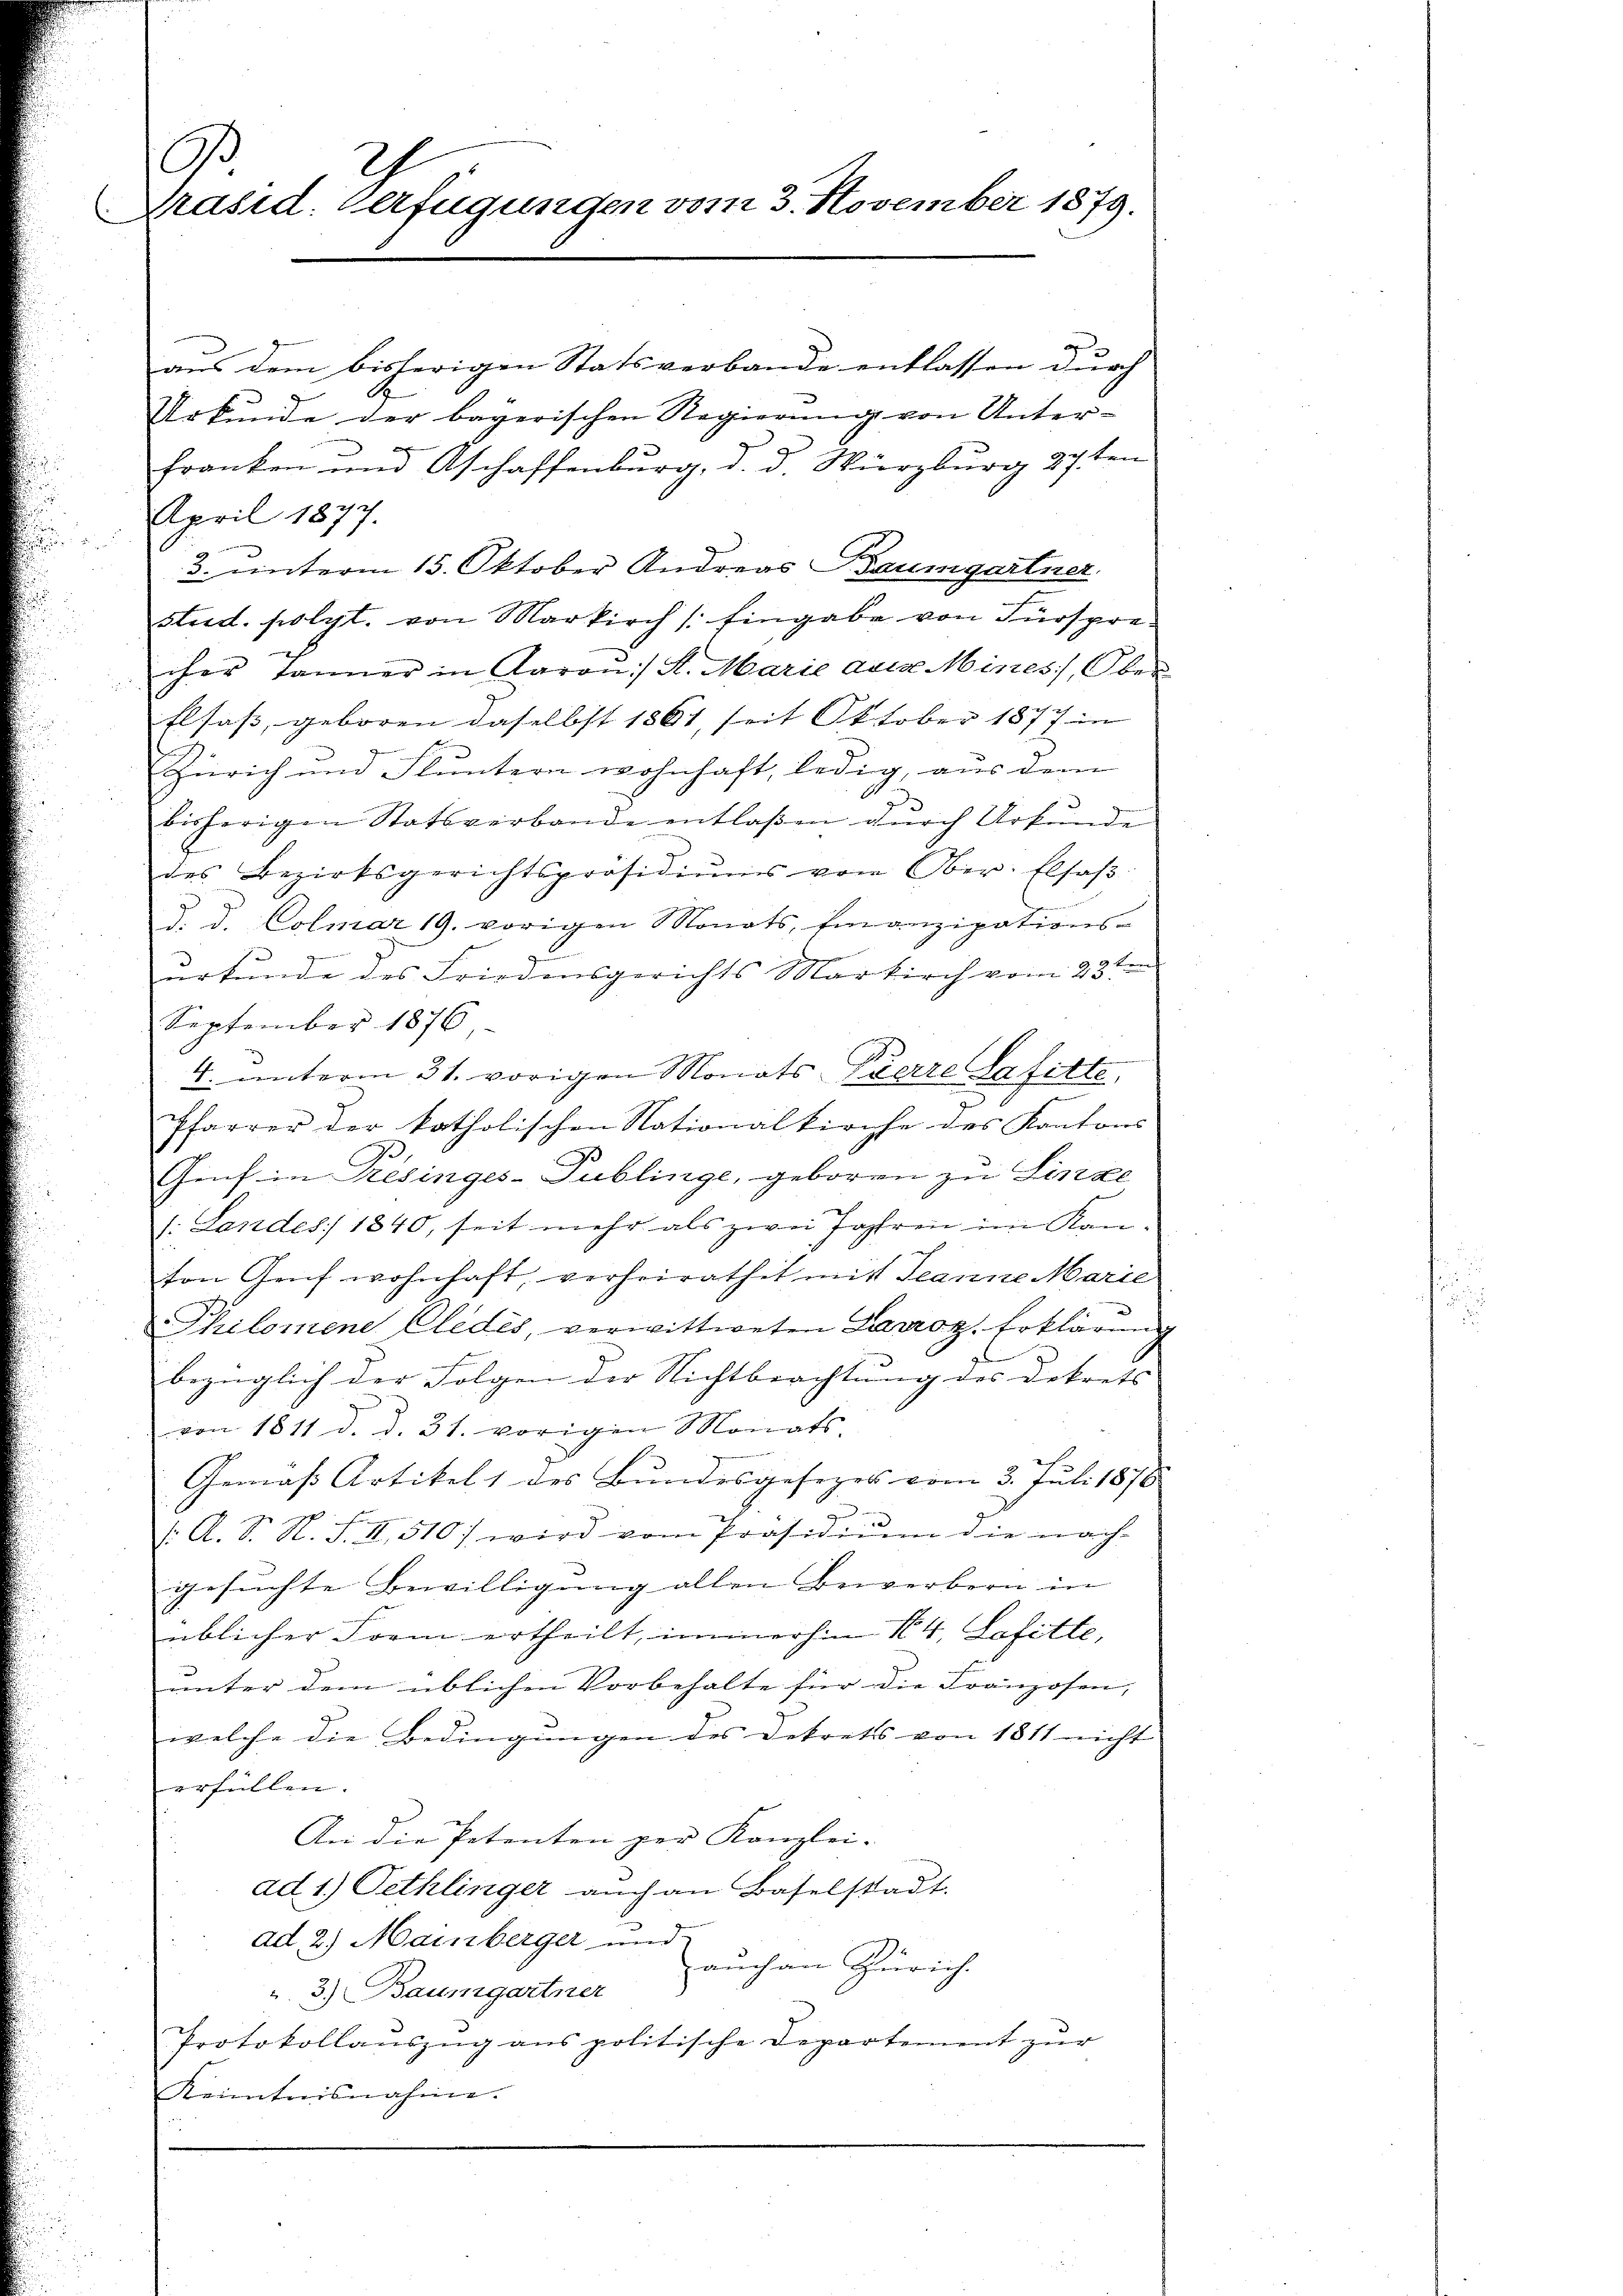
A
2
Präsid. Verfügungen vom 3. November 1879.
E

aus dem bisherigen Statsverbande entlassen durch
Urkunde der bayerischen Regierung von Unter¬
Franken und Aschaffenburg, d. d. Würzburg 27ten
April 1877.
3. einterm 15. Oktober Andreas Baumgartner.
stud. polyt. von Markirch /: Eingabe von Fürspre-
cher Jänner in Baron :/ St. Marie ausse Mines, Ober
Elsaß, geboren daselbst 1861, seit Oktober 1877 in
Zürich und Fluntern wohnhaft, ledig, aus dem
bisherigen Statsverbande entlaßen durch Urkunde
des Bezirksgerichtspräsidiŭms von Ober- Elsaβ
d. d. Colmar 19. vorigen Monats, finanzipations-
6
urkunde des Friedensgerichts Markirch vom 23ten
September 1876
4. unterm 31. vorigen Monats Pierre lafitte
Pfarrer der katholischen Nationalkirche des Kantons
Genf in Resinges-Publinge, geboren zu Linze
s: Landes 1840, seit mehr als zwei Jahren im Kanton Graf wohnhaft, verheirathet mit Jeanne Marie
Philomene Cledes, verwittweten Larroz. Erklärung
bezüglich der Folgen der Nichtbeachtung des Dekrets |
von 1811 d. d. 31. vorigen Monats-
Gemäß Artikel 1 des Bundesgesezes vom 3. Juli 1878
: A. S. N. F. II 510) wird vom Präsidiŭm die nach-
gesuchte Bewilligung allen Bewerbern in
üblicher Form ertheilt, immerhin N. 4, Lafitte,
unter dem üblichen Vorbehalte für die Franzosen,
welche die Bedingungen des Dekrets von 1811 nicht
erfüllen.
An die Petenten zur Kanzlei-
ad. 1.) Pethlinger auch an Baselstadt.
ad. 2.) Mainberger und
u. 3.) Baumgartner auch an Zürich.
Protokollauszug aus politische Departement zur
Kenntnisnahme.

3